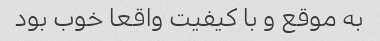
به موقع و با کیفیت واقعا خوب بود